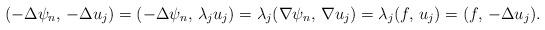
LaTeX: \begin{align*}(-\Delta \psi_{n}, \,-\Delta u_j) = (-\Delta \psi_{n}, \,\lambda_j u_j) =\lambda_j (\nabla \psi_{n}, \, \nabla u_j)= \lambda_j (f, \,u_j) = (f,\, -\Delta u_j) .\end{align*}